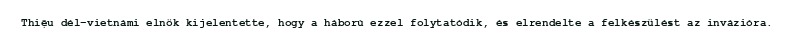
Thiệu dél-vietnámi elnök kijelentette, hogy a háború ezzel folytatódik, és elrendelte a felkészülést az invázióra.